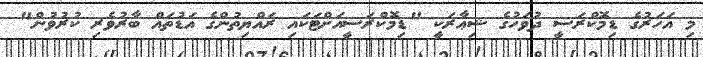
މި އަހަރުގެ ޑިމޮކްރަސީ ދުވަހުގެ ޝިޢާރަކީ "ޑިމޮކްރަސީއަށްޓަކައި ރައްޔިތުންގެ އަޑުތައް ބާރުވެރި ކުރުވުން"